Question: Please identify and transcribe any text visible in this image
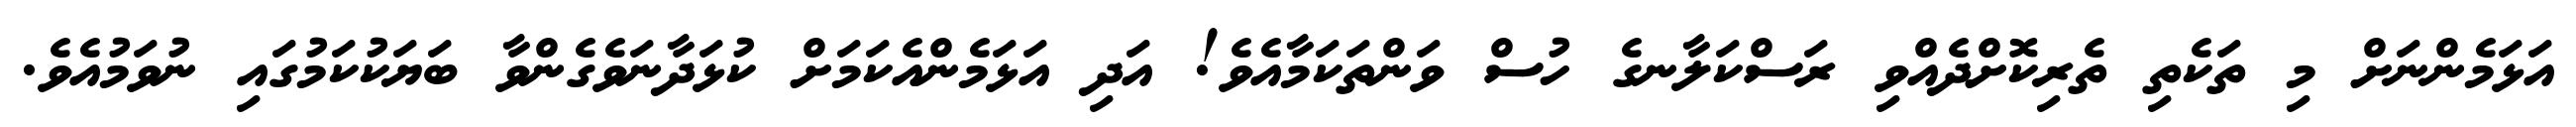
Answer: އަޅަމެންނަށް މި ތަކެތި ތެރިކޮށްދެއްވި ރަސްކަލާނގެ ހުސް ވަންތަކަމާއެވެ! އަދި އަޅަމެންއެކަމަށް ކުޅަދާނަވެގެންވާ ބަޔަކުކަމުގައި ނުވަމުއެވެ.